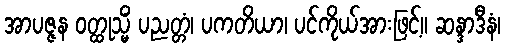
အာပဇ္ဇန ဝတ္ထုသ္မိံ ပညတ္တံ၊ ပကတိယာ၊ ပင်ကိုယ်အားဖြင့်။ ဆန္ဒာဒီနံ၊